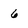
Character: 6